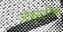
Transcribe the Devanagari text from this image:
ऑक्सालिक